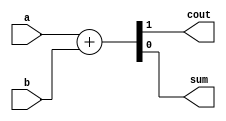
//Create a half adder. A half adder adds two bits (with no carry-in) and produces a sum and carry-out.

//Expected solution length: Around 2 lines.

module top_module( 
    input a, b,
    output cout, sum );
 
    assign {cout,sum} = a + b;
    
endmodule